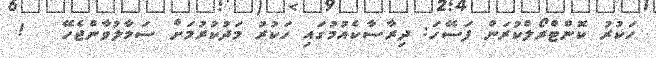
ހަކުރު ކޮންޓްރޯލްކުރަން ފަސޭހަ: ދިރާސާކެއުމުގައި ހަކުރު މަދުކުރުމަށް ސަމާލުވާންޖެހޭ   !